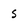
Character: S